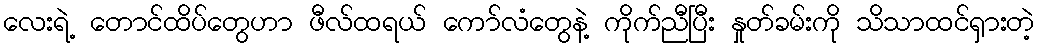
လေးရဲ့ တောင်ထိပ်တွေဟာ ဖီလ်ထရယ် ကော်လံတွေနဲ့ ကိုက်ညီပြီး နှုတ်ခမ်းကို သိသာထင်ရှားတဲ့